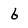
Character: 6